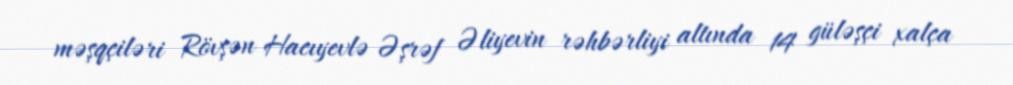
məşqçiləri Rövşən Hacıyevlə Əşrəf Əliyevin rəhbərliyi altında 14 güləşçi xalça